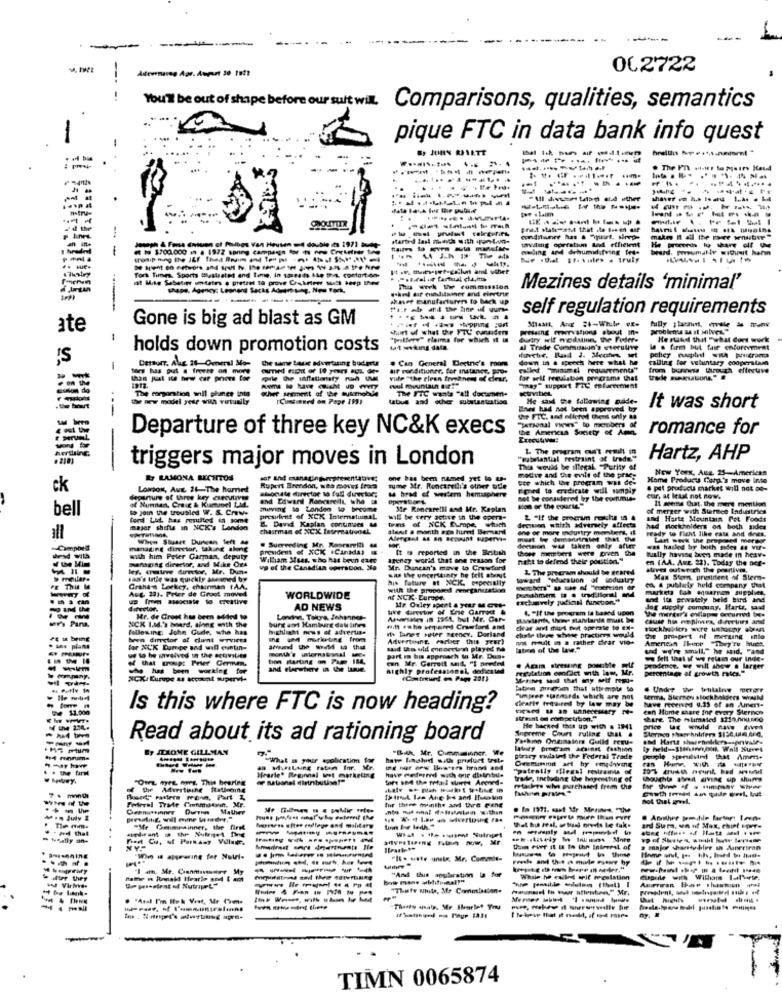
012722
-.
You'll be out of shape before our suit will.
Comparisons, qualities, semantics
pique FTC in data bank info quest
. ..
--------.
- -------
Marted last month with sontun-
tmedmig operatiun Lad efficient
makes It all the more sensitive "
- -
# # $700.000 in a 1972 spring campaign for
weding and dehumid.fring fes*
beard. porumaliv situait harm
------
York Times, Sports Estaated and tone, in salesds
st Mike Sabatier omtales . pretzel ta prove Crekm
.and sif quinditioner and electric
Tu week Twe commission
Mezines details 'minimal'
----
Ahmet manufacturer to back up
self regulation requirements
Gone is big ad blast as GM
------
ate
shirt of what the FTU cansiden
Penang meervations about in-
problems as it silves"
-
"pilfery" claims for which it in
dutry wif modulin, the Feder-
He pad that "what Cort work
holds down promotion costs
sat seeking data.
al Trade Commissue's esecutive
is . firm but fase enforcement
Ce sane basse advertising budget
. Can General Dectnie's room
down 18 & speoch here what he
policy ruphed with Pruitrama
calling for voluntary cooperstara
-
Dersort, Ale 38 Overal Mor
air conditioner, for instance, po-
from buwww through efteruve
vide "the clean fromsanest of cier.
el mountain 41"
for self regulation programs that
The corporation anil phuer inte
-----
The FTC wants "All doctamente
"Tay" support FIL enlaceenmeat
te new model zete via virtually
(Continued on Pape 199)
He said the following nade-
Enes had not been approved by
It was short
Personal vous" to members of
the FTC. and offche Chens only sa
Departure of three key NC&K execs
the American Society of Am
romance for
1. The program cut't result in
triggers major moves in London
"substantial restraint of trade"
Hartz, AHP
--- -
This would be illegal. "Purity of
New York, Aug 25-American
Ry LAMONA BECHITOS
one has been named yet lo -
madre and the male of the prie:
see which the program was de'
Home Products Gara's move Into
ck
LONDON, Aug. 21-The harrindt
Rupert Brendon, sto moves fraca
Tume Mr. Roncarelli's other udle
Fered to eradicate will simply
. pst products market will not oo-
of Human, Craig & Kummel IM4.
and Edward Racesreilt the
a hrad of western hemisphere
not be consstered by the conmie-
cur, at Ietat not now.
It seems that. the mere meritien
bell
to join the trousied W. S. COM
moving to Landen to become
Me Roncarelli and Mr. Keplan
sion of the courte"
X merger with Stermee Ladiestrics
ford Lid. has resulted in some
president of XCK Internetumal
wal be very active in Uwe some
Sequen whith advarsely affects
2 "If the promum rech ts 4
Harte Mountain Pet Foods
major shifts in NCK's Landon
2. David Kaplan continues &
chairman of XCX International.
tes of NCK Europe, which
Just a month aca hired Bernard
one or more Industry montert, it
ready to ficht like cats and dnes.
Rockholders on both sides
When Stuart Durican left
Last werk the proposed mereer
Campived
managing director, taking alone
president of XCK :Canada)
Suererding Mr. Roorreti
It is reported in the British
denmor was taken only atuer
Chowe hmters were Erven the
wat hasted by both sides at vif-
tually havese been made in heave
with him Peter Garman, deputy
managing director, and Mike Ors
William Muss, who hat boun Care
arney world that one reason for
neht to defend their position."
en (AA. ANE. 22). Today the act-
ley, crmlewe director, Mr. Dune
up of the Canadian epersoon. M
Mr. Duncan's mave to Crawford
L The program should be seared
uve outeroch the portive.
mollare
Fan's latle was quickly asemmed by
was the uncertainty he felt about
his future at NCK, especially
wwant "education of industry
Man Stor. prustrient of Stemm-
Grahan Locker, chairman IAA.
Aug 20). Peter de Groot moved
with the proposed eeneganstation
Podushment ## . traditional and
martes fab aquarien supplies.
ca, & publaty held company that
WORLDWIDE
A NCK-Europe.
and the privately beid bird and
director.
AD NEWS
Ar Oxley spent a your Mente
4. "If Uwe program la based upon
Jog supply company. Harts, said
--
Mr. de Croet has been sided to
London, Talya, Johannes-
Atsales in 1961, but Mr. Car-
the mirder's enlapes occurred be-
cause his mepiera, durerines and
NICK I.M.'s beard, along anth the
following: John Gude, who has
highlight news of advertise
with esho sequared Crawford and
is tanet ster agency. Dorland
clear and mart out operate to Ex*
chiste thee stwie practices would
Fickholders ware unhorny ab
PE to bring
been director at clint wyvices
-----
Advertoane, earlier this year)
Rt maudit in a rather drar vio-
The prisgert nf merging into
American There "They're bues.
. sas piana
far XCK Eumpe and will euntin-
said Uta uld meaortazh played no
latest of the law."
ut to he involved in the activities
part in his approach to Mr. Duse
we felt that if we retain our Inde-
-----
highly professional, dedicated
Prestation confict with low, Mr.
. Again stressing pomiMe L
prodmon, we will show . larger
peromiage of growth rates."
NICKI Europe i account super-
(Continued on Page 2313
lation chroom that attempts to
. Under We wentalne feror
Clearit frquired by law may be
"imper susmards which are not
ferma, Sternen stockholders wald
have received 0.25 of an Unent.
$1.000
Is this where FTC is now heading?
con Home share for every Sternos
straal @ compcution."
share The mlimated 3211./u.sco
Shereme Court ruling Chiat .
He backed this up wich . 1941
Read about its ad rationing board
Parkinn Oneinalors Guild requ-
Ey MIXOME GILLMAN
Hey program against fashion
ly held -- 11timcook. Wall Street
hate haahd with prostuet trat.
porary valated the Federal Trade
Omemision art hy emedwing
google sprudlind that Amene
a MIFELting raten Inr.
ran
"OWL met ours. This hearing
Hrarle' Beginnal int marketing
have retrieved with our disinbue
trade, Inclune Uwe haposting of
thoughts abez aving up shame
ftackets who purchased from the
Federal Trade Commatan, Mr.
Geenustinner Duvin Mather
for these months and thre peng
that hu real, atul oreds Le tak-
. pod that
-Mfr Commainner, the first
and Suma, vo of Max, chipt per-
-----
a major shantybier un Aberiran
Wir w appmarine for Null-
"Il· uale unix Mr. Commie-
-----------
-----
Lufter they
Pathe n Ronald Hearlo end E am
While he called writ meulation
wo Virlvide
De pasient of Nutriet"
"7hufe white, Mr Comolaalan.
---- ---
TIMN 0065874